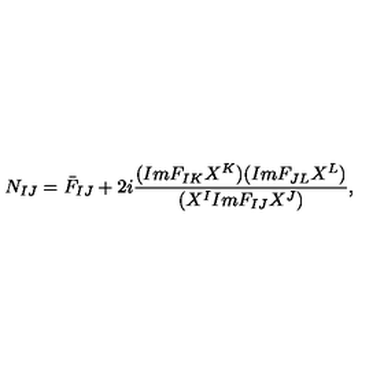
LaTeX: N _ { I J } = \bar { F } _ { I J } + 2 i \frac { ( I m F _ { I K } X ^ { K } ) ( I m F _ { J L } X ^ { L } ) } { ( X ^ { I } I m F _ { I J } X ^ { J } ) } ,